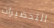
التحضيرات